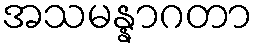
အသမန္နာဂတာ